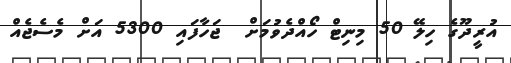
އުރީދޫގެ ހިލޭ 50 މިނިޓް ހޯއްދެވުމަށް  ޖަހާފައި 5300 އަށް މެސެޖެއް